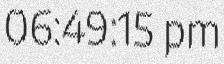
06:49:15 pm